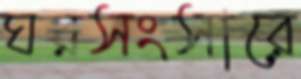
ঘরসংসারে